Leaving Certificate Examination, 1921
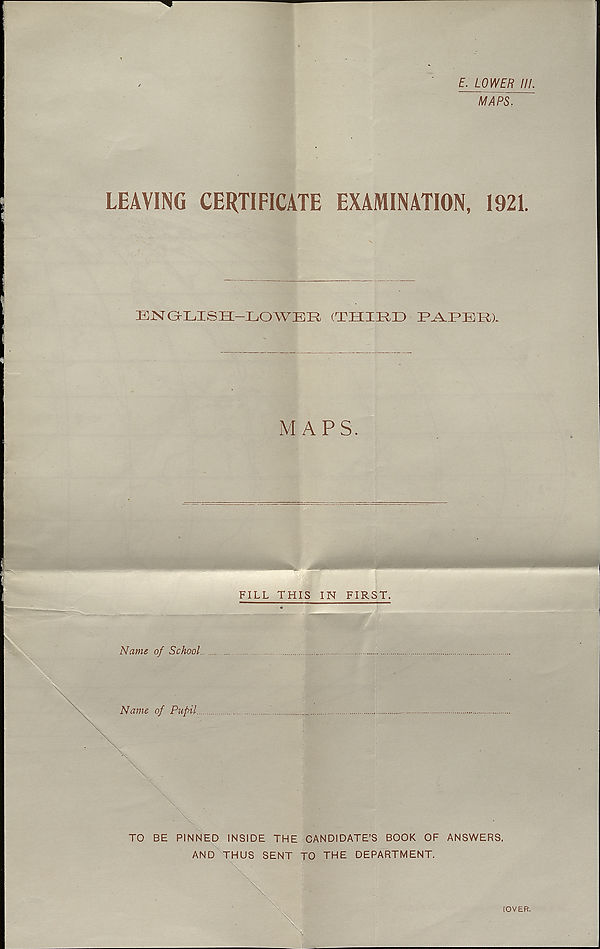
E. LOWER III.
MAPS.
LEAVING CERTIFICATE
EXAMINATION,
1921.
ENGLISH-LOWER (THIRD PARER).
MAPS.
Name of School.
Name of Pupil.
TO BE PINNED INSIDE THE CANDIDATE’S BOOK OF ANSWERS.
AND THUS SENT TO THE DEPARTMENT.
[OVER.